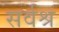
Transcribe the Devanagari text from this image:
सर्वश्र